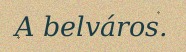
A belváros.